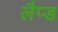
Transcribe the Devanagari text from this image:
लैप्ड